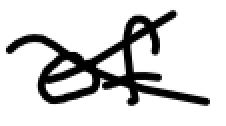
Text: of
Cross-out: cross
Writing tool: digital_black